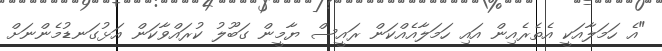
"އެ ހަމަލާއަކީ އެތެރެއިން އައި ހަމަލާއެއްކަން ރައީސް ޔާމީން ގަބޫލު ކުރައްވާކަން އަޅުގަނޑުމެންނަށް